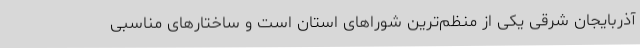
آذربایجان شرقی یکی از منظم‌ترین شوراهای استان است و ساختارهای مناسبی